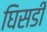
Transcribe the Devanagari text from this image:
घिसडी